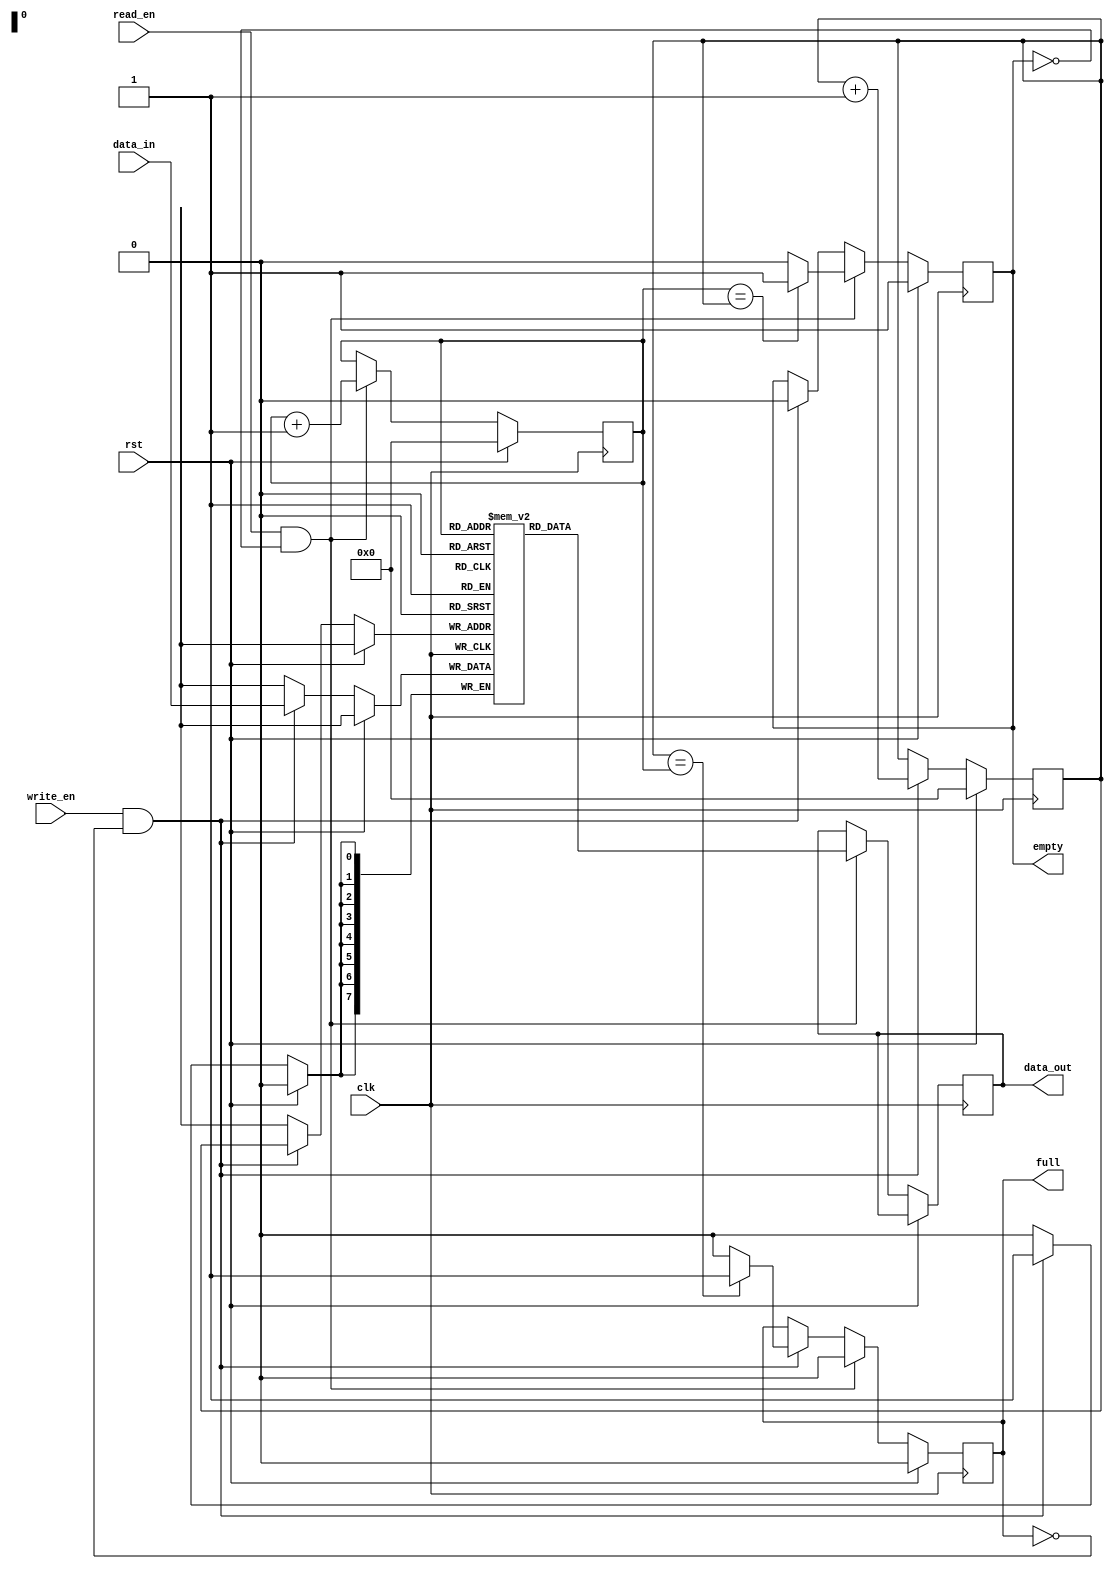
module fifo_buffer (
    input wire clk,
    input wire rst,
    input wire write_en,
    input wire read_en,
    input wire [7:0] data_in,
    output reg [7:0] data_out,
    output reg full,
    output reg empty
);

reg [7:0] memory [0:255];
reg [7:0] read_ptr;
reg [7:0] write_ptr;

always @(posedge clk) begin
    if (rst) begin
        read_ptr <= 8'b0000_0000;
        write_ptr <= 8'b0000_0000;
        full <= 1'b0;
        empty <= 1'b1;
    end else begin
        if (write_en && !full) begin
            memory[write_ptr] <= data_in;
            write_ptr <= write_ptr + 1;
            full <= (write_ptr == read_ptr) ? 1'b1 : 1'b0;
            empty <= 1'b0;
        end
        if (read_en && !empty) begin
            data_out <= memory[read_ptr];
            read_ptr <= read_ptr + 1;
            empty <= (read_ptr == write_ptr) ? 1'b1 : 1'b0;
            full <= 1'b0;
        end
    end
end

endmodule